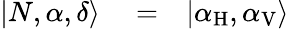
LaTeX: \begin{array}{rlr}{|N,\alpha,\delta\rangle}&{{}=}&{|\alpha_{\mathrm{H}},\alpha_{\mathrm{V}}\rangle}\end{array}